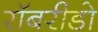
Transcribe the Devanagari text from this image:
रॉबरीडो